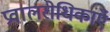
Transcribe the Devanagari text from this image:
प्रवालरोधिकाएँ